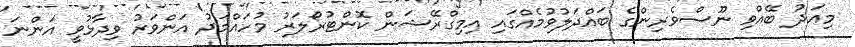
މިއަދު ބޭއްވި ނޫސްވެރިންގެ ބައްދަލުވުމެއްގައި އިމިގްރޭޝަން ކޮންޓުރޯލަރު މުހައްމަދު އަންވަރު ވިދާޅުވީ އަންނަ